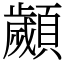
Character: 顪